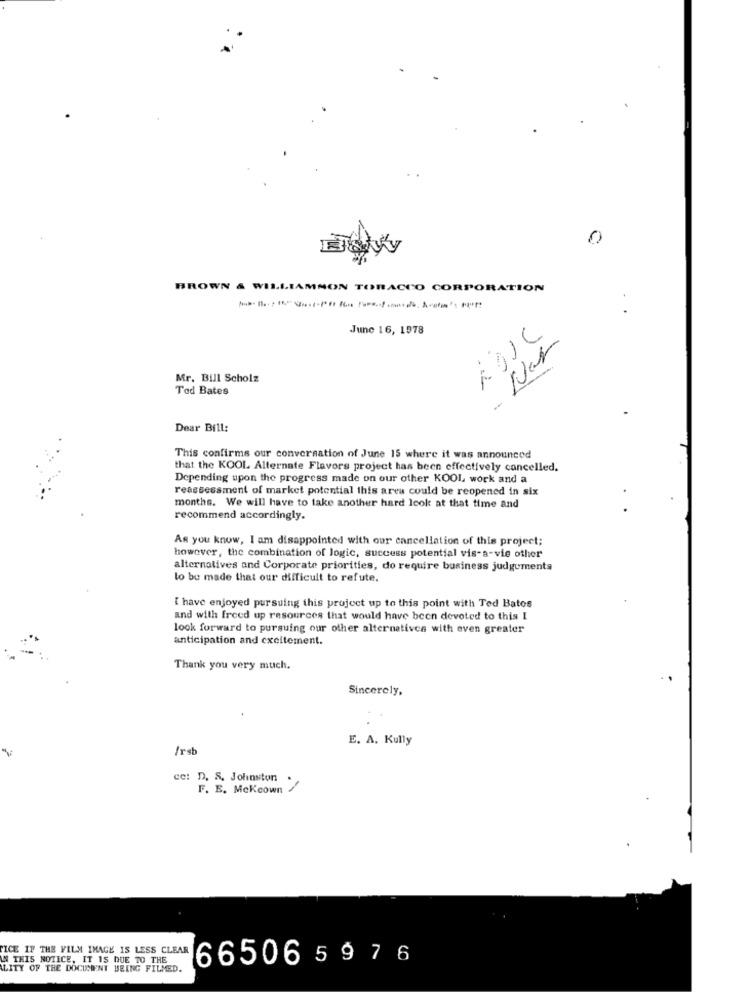
0
BROWN & WILLIAMMON TORACCO CORPORATION
June 16, 1978
- Ner
Mr. Bill Scholz
Ted Bates
Dear Bill:
This confirms our conversation of June 15 where it was announced
that the KOOL Alternate Flavors project has been effectively cancelled.
Depending upon the progress made on our other KOOL, work and a
reassessment of market potential this area could be reopened in six
months. We will have to take another hard look at that time and
recommend accordingly.
As you know, I am disappointed with our cancellation of this project;
however, the combination of logic, success potential vis-a-vis other
alternatives and Corporate priorities, do require business judgements
to be made that our difficult to refute.
I have enjoyed pursuing this project up to this point with Ted Batos
and with freed up resources that would have been devoted to this I
look forward to pursuing our other alternatives with even greater
anticipation and excitement.
Thank you very much.
..
Sincerely,
E. A. Kully
/rsb
cc: D. S. Johnston
F. E. Mckeown
FICE IF THE FILM IMAGE IS LESS CLEAR
IN THIS NOTICE, IT IS DUE TO THE
665065976
LITY OF THE DOCUMENT BEING FILMED.